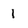
Character: 1